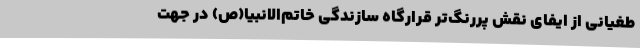
طغیانی از ایفای نقش پررنگ‌تر قرارگاه سازندگی خاتم‌الانبیا(ص) در جهت